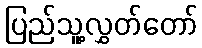
ပြည်သူ့လွှတ်တော်